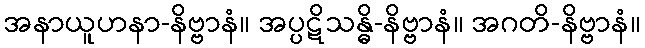
အနာယူဟနာ-နိဗ္ဗာနံ။ အပ္ပဋိသန္ဓိ-နိဗ္ဗာနံ။ အဂတိ-နိဗ္ဗာနံ။